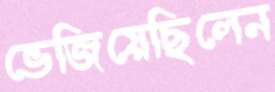
ভেজিয়েছিলেন